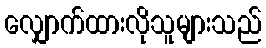
လျှောက်ထားလိုသူများသည်